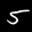
Label: 5